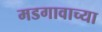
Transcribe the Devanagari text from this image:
मडगावाच्या